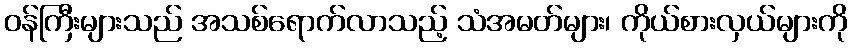
ဝန်ကြီးများသည် အသစ်ရောက်လာသည့် သံအမတ်များ၊ ကိုယ်စားလှယ်များကို